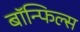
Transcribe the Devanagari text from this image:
बाॅन्फिल्स